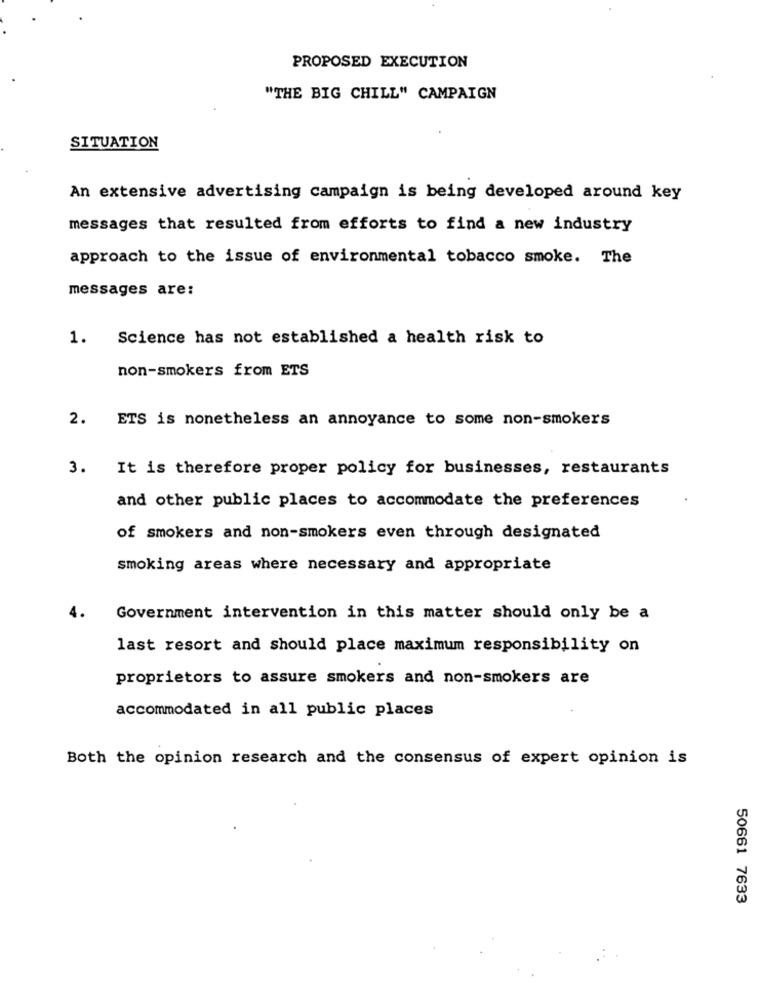
PROPOSED EXECUTION
"THE BIG CHILL" CAMPAIGN
SITUATION
An extensive advertising campaign is being developed around key
messages that resulted from efforts to find a new industry
approach to the issue of environmental tobacco smoke. The
messages are:
1. Science has not established a health risk to
non-smokers from ETS
2. ETS is nonetheless an annoyance to some non-smokers
3. It is therefore proper policy for businesses, restaurants
and other public places to accommodate the preferences
of smokers and non-smokers even through designated
smoking areas where necessary and appropriate
4.
Government intervention in this matter should only be a
last resort and should place maximum responsibility on
proprietors to assure smokers and non-smokers are
accommodated in all public places
Both the opinion research and the consensus of expert opinion is
50661 7633